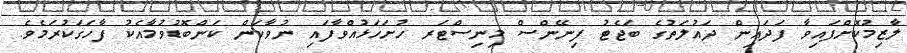
ލާޒިމުކޮށްފައިވާ ފަދައިން ދައުލަތުގެ ބަޖެޓު ފިނޭންސް މިނިސްޓަރ ހުށަހަޅުއްވާފައި ނުވާކަން ކަންބޮޑުވުމާއެކު ފާހަގަކުރަމެވެ.